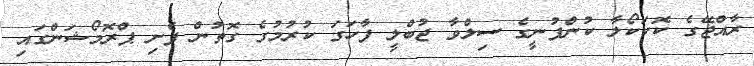
ރާއްޖޭގެ ކޮކަކޯލާ ކުންފުނީގެ ސިލްވާ ޖުބްލީ ފާހަގަ ކުރުމުގެ ގޮތުން ފެށި ޕްރޮމޯޝަންގައި